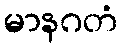
မာနဂတံ